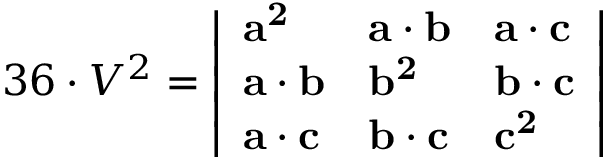
3 6 \cdot V ^ { 2 } = { \left| \begin{array} { l l l } { \mathbf { a ^ { 2 } } } & { \mathbf { a } \cdot \mathbf { b } } & { \mathbf { a } \cdot \mathbf { c } } \\ { \mathbf { a } \cdot \mathbf { b } } & { \mathbf { b ^ { 2 } } } & { \mathbf { b } \cdot \mathbf { c } } \\ { \mathbf { a } \cdot \mathbf { c } } & { \mathbf { b } \cdot \mathbf { c } } & { \mathbf { c ^ { 2 } } } \end{array} \right| }